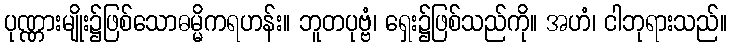
ပုဏ္ဏားမျိုး၌ဖြစ်သောဓမ္မိကရဟန်း။ ဘူတပုဗ္ဗံ၊ ရှေး၌ဖြစ်သည်ကို။ အဟံ၊ ငါဘုရားသည်။